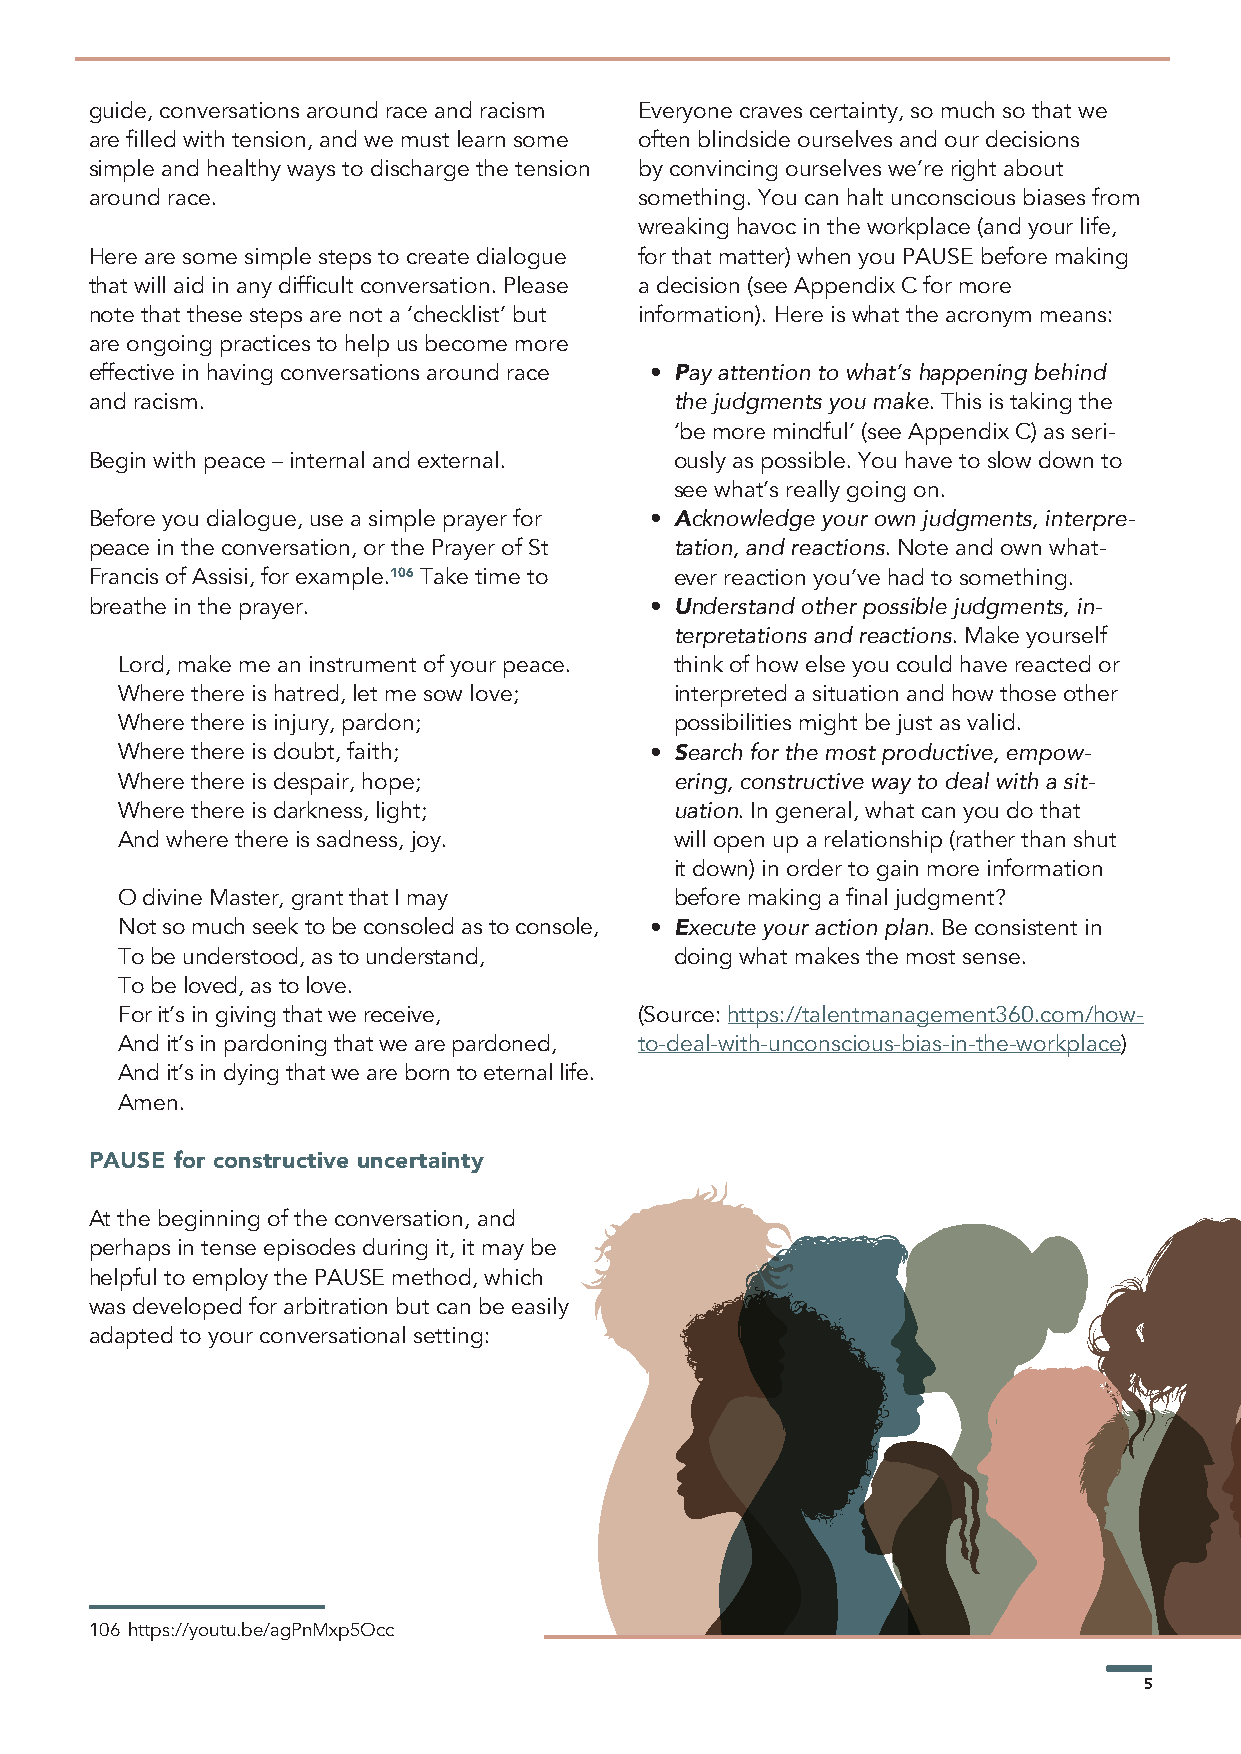
guide, conversations around race and racism Everyone craves certainty, so much so that we
 are filled with tension, and we must learn some often blindside ourselves and our decisions
 simple and healthy ways to discharge the tension by convincing ourselves we’re right about
 around race.                        something. You can halt unconscious biases from
 wreaking havoc in the workplace (and your life,
 Here are some simple steps to create dialogue for that matter) when you PAUSE before making
 that will aid in any difficult conversation. Please a decision (see Appendix C for more
 note that these steps are not a ‘checklist’ but information). Here is what the acronym means:
 are ongoing practices to help us become more
 effective in having conversations around race • Pay attention to what’s happening behind
 and racism.                            the judgments you make. This is taking the
 ‘be more mindful’ (see Appendix C) as seri-
 Begin with peace – internal and external. ously as possible. You have to slow down to
 see what’s really going on.
 Before you dialogue, use a simple prayer for • Acknowledge your own judgments, interpre-
 peace in the conversation, or the Prayer of St tation, and reactions. Note and own what-
 Francis of Assisi, for example.106 Take time to ever reaction you’ve had to something.
 breathe in the prayer.               • Understand other possible judgments, in-
 terpretations and reactions. Make yourself
 Lord, make me an instrument of your peace. think of how else you could have reacted or
 Where there is hatred, let me sow love; interpreted a situation and how those other
 Where there is injury, pardon;       possibilities might be just as valid.
 Where there is doubt, faith;       • Search for the most productive, empow-
 Where there is despair, hope;        ering, constructive way to deal with a sit-
 Where there is darkness, light;      uation. In general, what can you do that
 And where there is sadness, joy.     will open up a relationship (rather than shut
 it down) in order to gain more information
 O divine Master, grant that I may    before making a final judgment?
 Not so much seek to be consoled as to console, • Execute your action plan. Be consistent in
 To be understood, as to understand,  doing what makes the most sense.
 To be loved, as to love.
 For it’s in giving that we receive, (Source: https://talentmanagement360.com/how-
 And it’s in pardoning that we are pardoned, to-deal-with-unconscious-bias-in-the-workplace)
 And it’s in dying that we are born to eternal life.
 Amen.
 PAUSE for constructive uncertainty
 At the beginning of the conversation, and
 perhaps in tense episodes during it, it may be
 helpful to employ the PAUSE method, which
 was developed for arbitration but can be easily
 adapted to your conversational setting:
 106 https://youtu.be/agPnMxp5Occ
 5